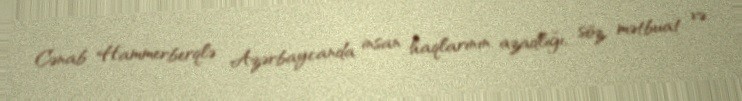
Cənab Hammerberqlə Azərbaycanda insan haqlarının azadlığı, söz, mətbuat və